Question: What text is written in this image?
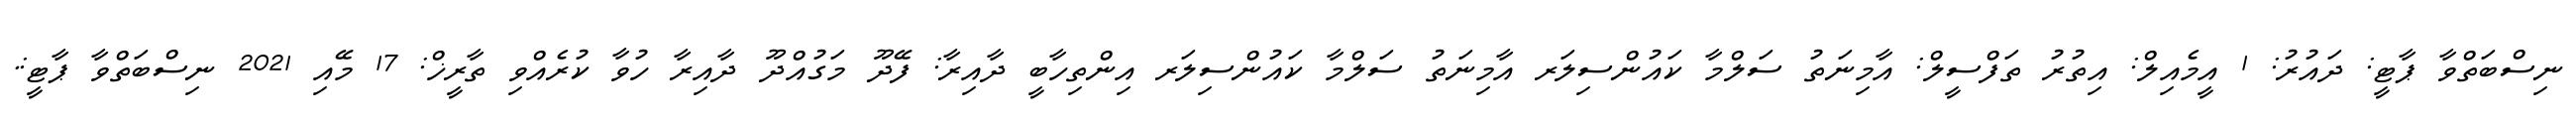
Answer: ނިސްބަތްވާ ޕާޓީ: ދައުރު: 1 އީމެއިލް: އިތުރު ތަފްސީލް: އާމިނަތު ސަލްމާ ކައުންސިލަރ އާމިނަތު ސަލްމާ ކައުންސިލަރ އިންތިހާބީ ދާއިރާ: ފޭދޫ މަގުއްދޫ ދާއިރާ ހުވާ ކުރެއްވި ތާރީޚް: 17 މޭއި 2021 ނިސްބަތްވާ ޕާޓީ:.